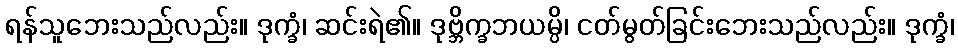
ရန်သူဘေးသည်လည်း။ ဒုက္ခံ၊ ဆင်းရဲ၏။ ဒုဗ္ဘိက္ခဘယမ္ပိ၊ ငတ်မွတ်ခြင်းဘေးသည်လည်း။ ဒုက္ခံ၊